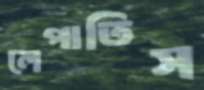
লেপাতিস